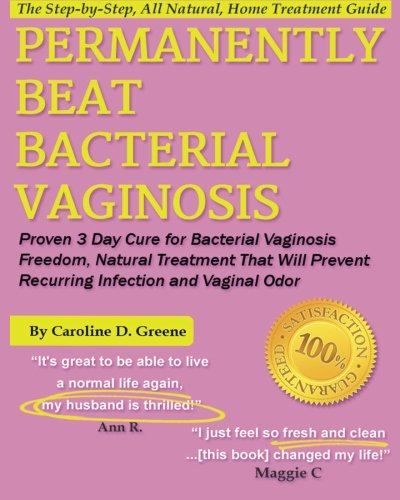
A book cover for Permanently Beat Bacterial Vaginosis: Proven 3 Day Cure for Bacterial Vaginosis Freedom, Natural Treatment That Will Prevent Recurring Infection and Vaginal Odor (Women's Health Expert Series); Caroline D Greene; Health, Fitness & Dieting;